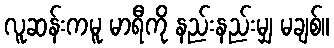
လူဆန်းကမူ မာရီကို နည်းနည်းမျှ မချစ်။